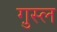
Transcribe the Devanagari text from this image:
गु़स्ल